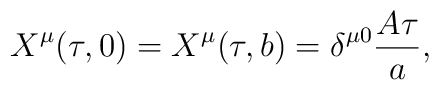
X^{\mu}(\tau, 0)=X^{\mu}(\tau, b)=\delta^{\mu 0}{A\tau\over a},